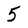
Character: 5